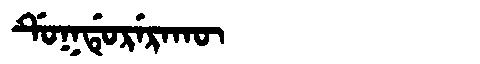
Manchu: ᡩᡠᡴᡩᡠᡵᡝᡵᠠᡴᡡ
Romanization: DUKDURERAKŪ